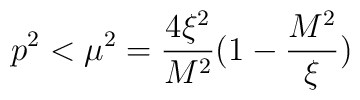
p^2<\mu^2=\frac{4\xi^2}{M^2}(1-\frac{M^2}{\xi})